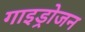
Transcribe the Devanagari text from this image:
गाइड्रोजन